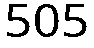
505